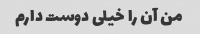
من آن را خیلی دوست دارم